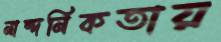
নান্দনিকতায়